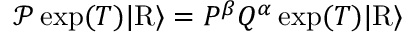
\mathcal { P } \exp ( T ) \vert \mathrm { R } \rangle = P ^ { \beta } Q ^ { \alpha } \exp ( T ) \vert \mathrm { R } \rangle